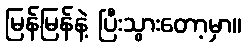
မြန်မြန်နဲ့ ပြီးသွားတော့မှာ။